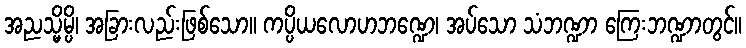
အညသ္မိမ္ပိ၊ အခြားလည်းဖြစ်သော။ ကပ္ပိယလောဟဘဏ္ဍေ၊ အပ်သော သံဘဏ္ဍာ ကြေးဘဏ္ဍာတွင်။